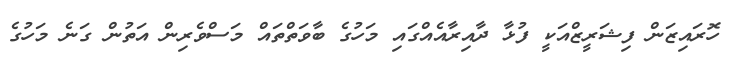
ހޮރައިޒަން ފިޝަރީޒްއަކީ ފުޅާ ދާއިރާއެއްގައި މަހުގެ ބާވަތްތައް މަސްވެރިން އަތުން ގަނެ މަހުގެ